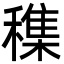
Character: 穕